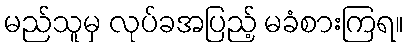
မည်သူမှ လုပ်ခအပြည့် မခံစားကြရ။